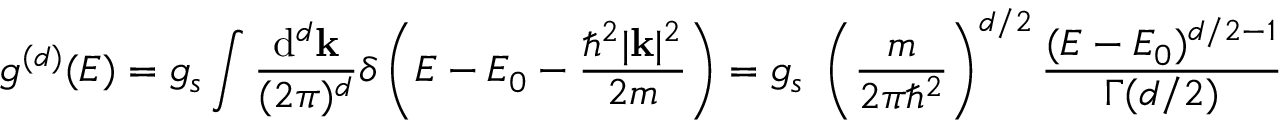
g ^ { ( d ) } ( E ) = g _ { s } \int { \frac { \mathrm { d } ^ { d } \mathbf { k } } { ( 2 \pi ) ^ { d } } } \delta \left( E - E _ { 0 } - { \frac { \hbar ^ { 2 } | \mathbf { k } | ^ { 2 } } { 2 m } } \right) = g _ { s } \ \left( { \frac { m } { 2 \pi \hbar ^ { 2 } } } \right) ^ { d / 2 } { \frac { ( E - E _ { 0 } ) ^ { d / 2 - 1 } } { \Gamma ( d / 2 ) } }